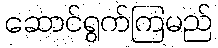
ဆောင်ရွက်ကြမည်